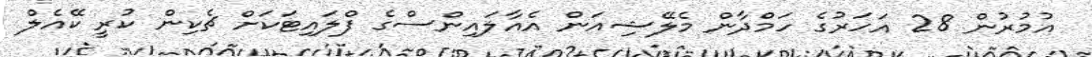
އުމުރުން 28 އަހަރުގެ ހަމްދާން މެލޭޝިއަން އެއާލައިންސްގެ ފްލައިޓަކަށް ޗެކިން ކުރީ ކޭއެލް